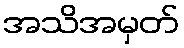
အသိအမှတ်